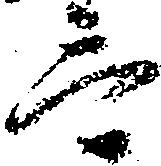
言